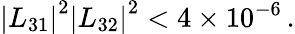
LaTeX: {|L_{31}|}^{2}{|L_{32}|}^{2}<4\times 10^{-6}\, .